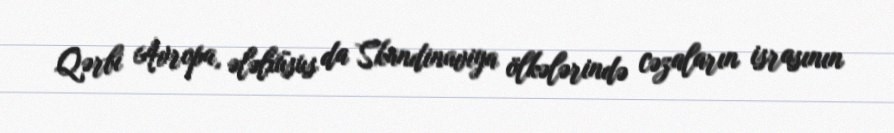
Qərbi Avropa, ələlxüsus da Skandinaviya ölkələrində cəzaların israsının